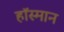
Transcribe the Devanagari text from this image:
हॉस्मान